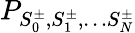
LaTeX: P_{S_{0}^{\pm},S_{1}^{\pm},\ldots S_{N}^{\pm}}